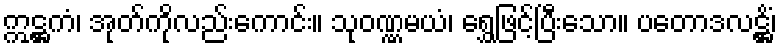
ဣဋ္ဌကံ၊ အုတ်ကိုလည်းကောင်း။ သုဝဏ္ဏမယံ၊ ရွှေဖြင့်ပြီးသော။ ပတောဒလဋ္ဌိံ၊